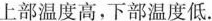
上部温度高，下部温度低。